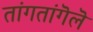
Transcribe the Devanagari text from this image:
तांगतांगॆलॆ